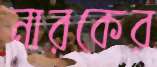
নারকের